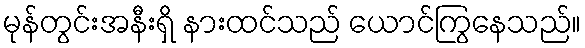
မုန်တွင်းအနီးရှိ နားထင်သည် ယောင်ကြွနေသည်။